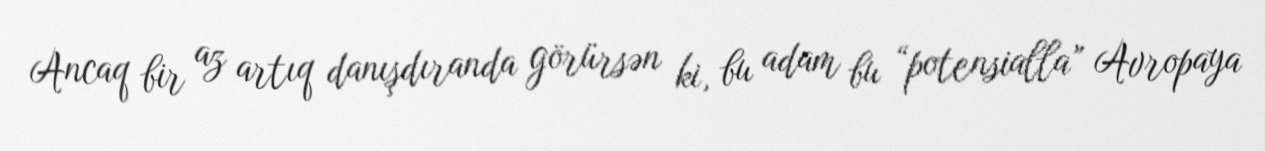
Ancaq bir az artıq danışdıranda görürsən ki, bu adam bu “potensialla” Avropaya